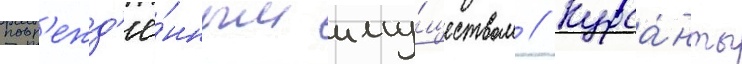
повр'ежд'ё́нным иму́ществом // Курса́нты